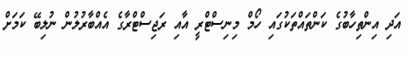
އަދި އިންތިހާބުގެ ކަންތައްތަކުގައި ހޯމް މިނިސްޓްރީ އާއި ރަޖިސްޓްރާގެ އެއްބާރުލުން ނުލިބޭ ކަމަށް